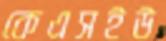
কেএসইউ